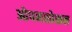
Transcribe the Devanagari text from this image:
ओपनसोशल